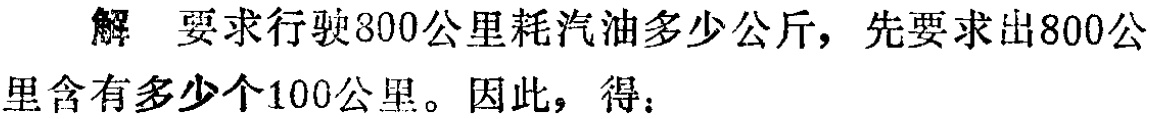
解 要求行驶800公里耗汽油多少公斤，先要求出800公里含有多少个100公里。因此，得：